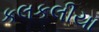
કલકલીયા